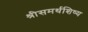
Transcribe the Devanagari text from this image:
श्रीसमर्थशिष्य